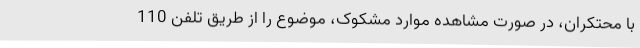
با محتکران، در صورت مشاهده موارد مشکوک، موضوع را از طریق تلفن 110